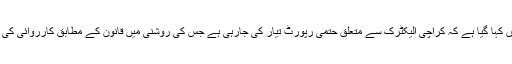
رپورٹ میں کہا گیا ہے کہ کراچی الیکٹرک سے متعلق حتمی رپورٹ تیار کی جارہی ہے جس کی روشنی میں قانون کے مطابق کارروائی کی جائے گی۔